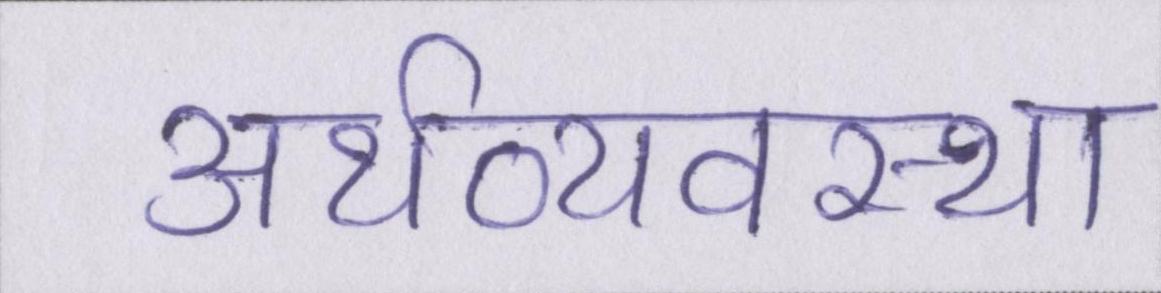
अर्थव्यवस्था